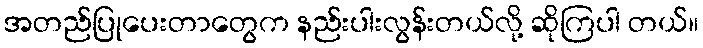
အတည်ပြုပေးတာတွေက နည်းပါးလွန်းတယ်လို့ ဆိုကြပါ တယ်။